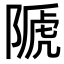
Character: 𨻆